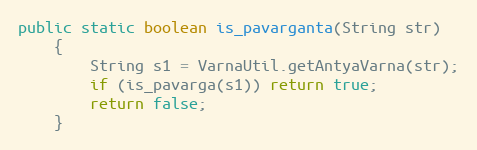
Language: Java
public static boolean is_pavarganta(String str)
    {
        String s1 = VarnaUtil.getAntyaVarna(str);
        if (is_pavarga(s1)) return true;
        return false;
    }